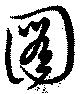
図